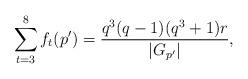
LaTeX: \begin{align*} \sum_{t=3}^{8}f_t(p')=\frac{q^3(q-1)(q^3+1)r}{|G_{p'}|},\end{align*}